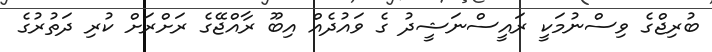
ބުރިޖްގެ ވިސްނުމަކީ ރައީސްނަޝީދު ގެ ވައުދެއް އިބޫ ރާއްޖޭގެ ރަށްރަށް ކުރި ދަތުރުގެ